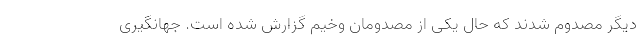
دیگر مصدوم شدند که حال یکی از مصدومان وخیم گزارش شده است. جهانگیری